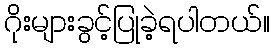
ဂိုးများခွင့်ပြုခဲ့ရပါတယ်။